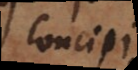
concipi.